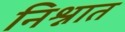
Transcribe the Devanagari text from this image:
निश्नात